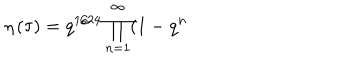
LaTeX: \eta \left( \tau \right) = q ^ { 1 / 2 4 } \prod _ { n = 1 } ^ { \infty } ( 1 - q ^ { n }